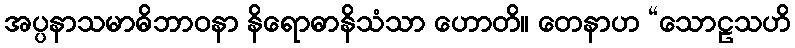
အပ္ပနာသမာဓိဘာဝနာ နိရောဓာနိသံသာ ဟောတိ။ တေနာဟ “သောဠသဟိ